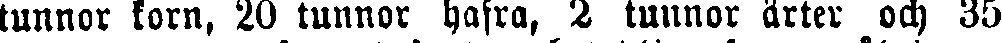
tunnor krn, 20 tunnor hafra, 2 tunnor ärter och 35